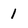
Character: 1